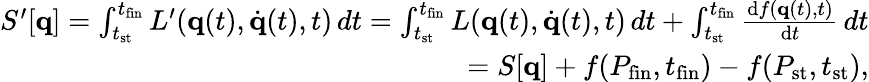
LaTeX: {\begin{array}{r}{S^{\prime}[\mathbf{q}]=\int_{t_{\mathrm{st}}}^{t_{\mathrm{fin}}}L^{\prime}(\mathbf{q}(t),{\dot{\mathbf{q}}}(t),t)\, dt=\int_{t_{\mathrm{st}}}^{t_{\mathrm{fin}}}L(\mathbf{q}(t),{\dot{\mathbf{q}}}(t),t)\, dt+\int_{t_{\mathrm{st}}}^{t_{\mathrm{fin}}}{\frac{\mathrm{d}f(\mathbf{q}(t),t)}{\mathrm{d}t}}\, dt}\\ {=S[\mathbf{q}]+f(P_{\mathrm{fin}},t_{\mathrm{fin}})-f(P_{\mathrm{st}},t_{\mathrm{st}}),}\end{array}}